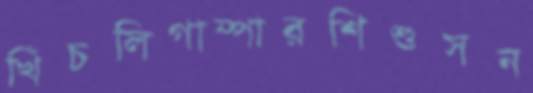
খিঁচলিগাম্পারশিশুসন